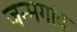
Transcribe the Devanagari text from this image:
जन्मगांव